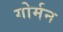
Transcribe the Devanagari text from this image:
गोर्मन